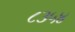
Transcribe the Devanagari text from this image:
८३५४